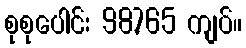
စုစုပေါင်း 98,765 ကျပ်။